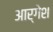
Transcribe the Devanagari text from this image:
आर्गेश